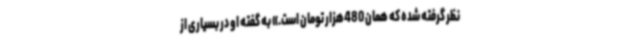
نظر گرفته شده که همان 480‌هزار تومان است.» به گفته او در بسیاری از